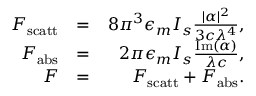
\begin{array} { r l r } { F _ { \mathrm { s c a t t } } } & { = } & { 8 \pi ^ { 3 } \epsilon _ { m } I _ { s } \frac { | \alpha | ^ { 2 } } { 3 c \lambda ^ { 4 } } , } \\ { F _ { \mathrm { a b s } } } & { = } & { 2 \pi \epsilon _ { m } I _ { s } \frac { \mathrm { I m } ( \alpha ) } { \lambda c } , } \\ { F } & { = } & { F _ { \mathrm { s c a t t } } + F _ { \mathrm { a b s } } . } \end{array}